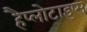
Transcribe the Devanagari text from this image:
हैप्लोटाइप्स